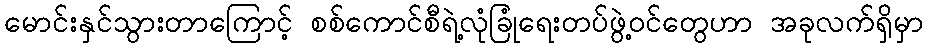
မောင်းနှင်သွားတာကြောင့် စစ်ကောင်စီရဲ့လုံခြုံရေးတပ်ဖွဲ့ဝင်တွေဟာ အခုလက်ရှိမှာ